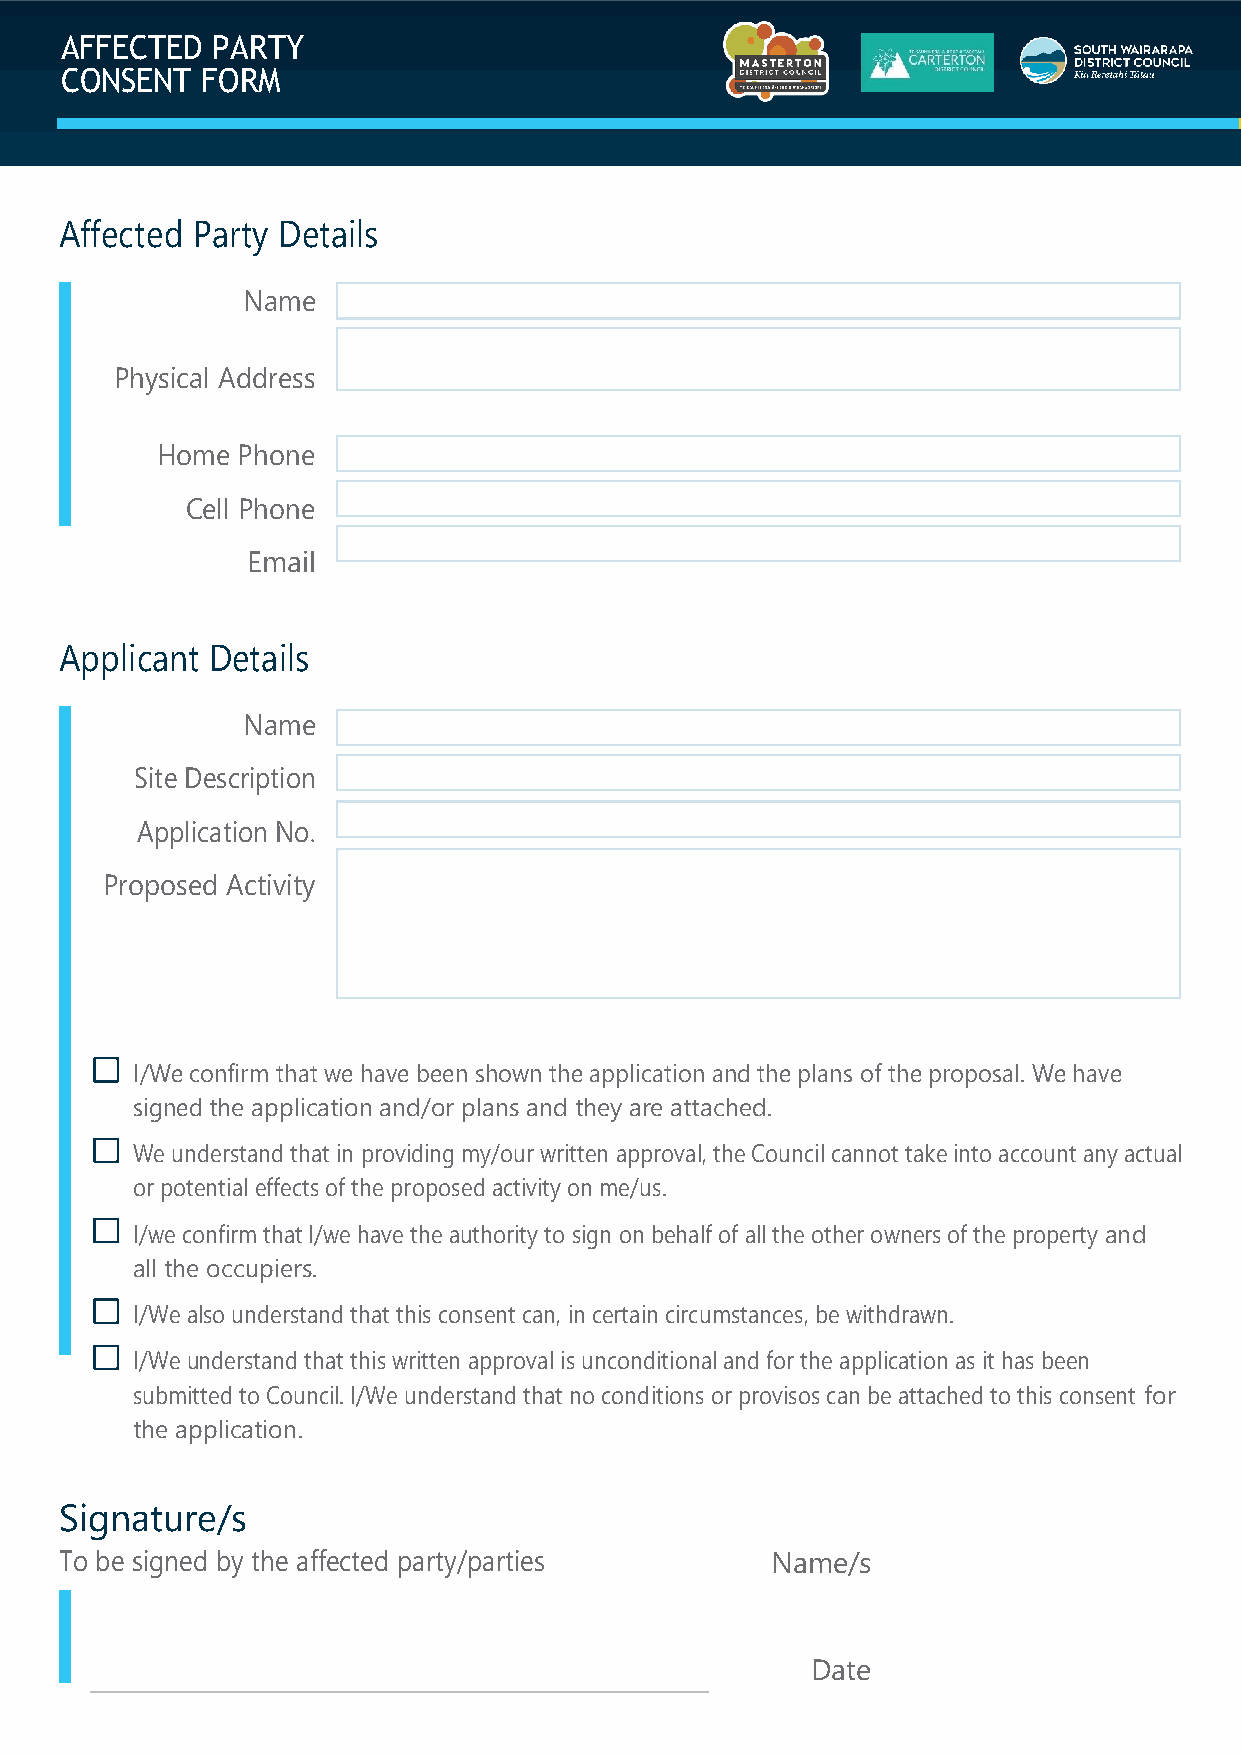
AFFECTED  PARTY
 CONSENT  FORM
 Affected Party Details
 Name
 Physical Address
 Home  Phone
 Cell Phone
 Email
 Applicant Details
 Name
 Site Description
 Application No.
 Proposed Activity
 I/We confirm that we have been shown the application and the plans of the proposal. We have
 signed the application and/or plans and they are attached.
 We understand that in providing my/our written approval, the Council cannot take into account any actual
 or potential effects of the proposed activity on me/us.
 I/we confirm that I/we have the authority to sign on behalf of all the other owners of the property and
 all the occupiers.
 I/We also understand that this consent can, in certain circumstances, be withdrawn.
 I/We understand that this written approval is unconditional and for the application as it has been
 submitted to Council. I/We understand that no conditions or provisos can be attached to this consent for
 the application.
 Signature/s
 To be signed by the affected party/parties     Name/s
 Date